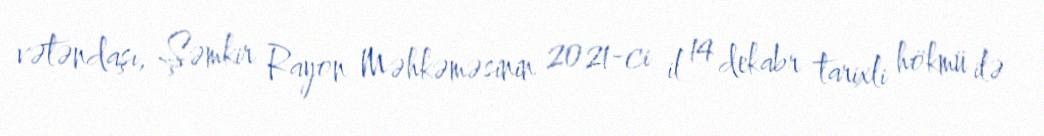
vətəndaşı, Şəmkir Rayon Məhkəməsinin 2021-ci il 14 dekabr tarixli hökmü ilə